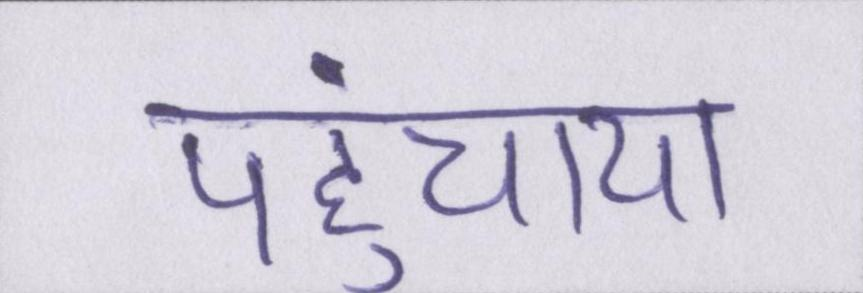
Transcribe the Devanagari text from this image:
पहुंचाया